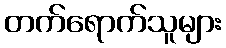
တက်ရောက်သူများ